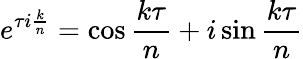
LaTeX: e^{\tau i{\frac{k}{n}}}=\cos{\frac{k\tau}{n}}+i\sin{\frac{k\tau}{n}}